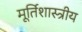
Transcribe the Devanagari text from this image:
मूर्तिशास्त्रीय